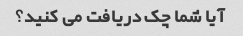
آیا شما چک دریافت می کنید؟